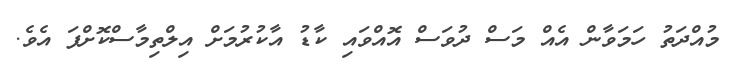
މުއްދަތު ހަމަވާން އެއް މަސް ދުވަސް އޮއްވައި ކާޑު އާކުރުމަށް އިލްތިމާސްކޮށްފަ އެވެ.